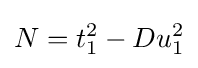
N=t_{1}^{2}-Du_{1}^{2}